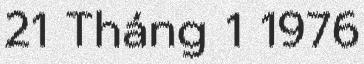
21 Tháng 1 1976